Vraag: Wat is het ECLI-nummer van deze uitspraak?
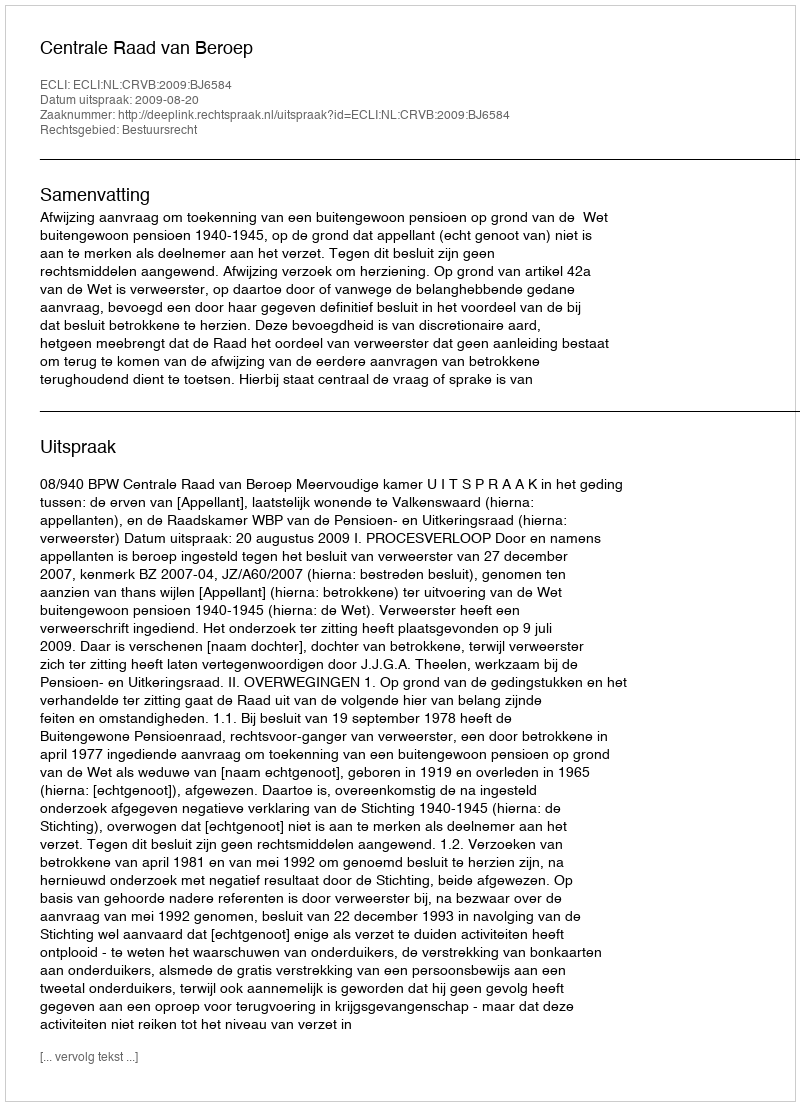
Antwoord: ECLI:NL:CRVB:2009:BJ6584